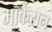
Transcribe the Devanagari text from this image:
मार्केसन